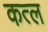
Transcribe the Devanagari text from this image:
कत्‍ल